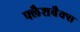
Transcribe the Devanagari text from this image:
फ्लैशबैक्स